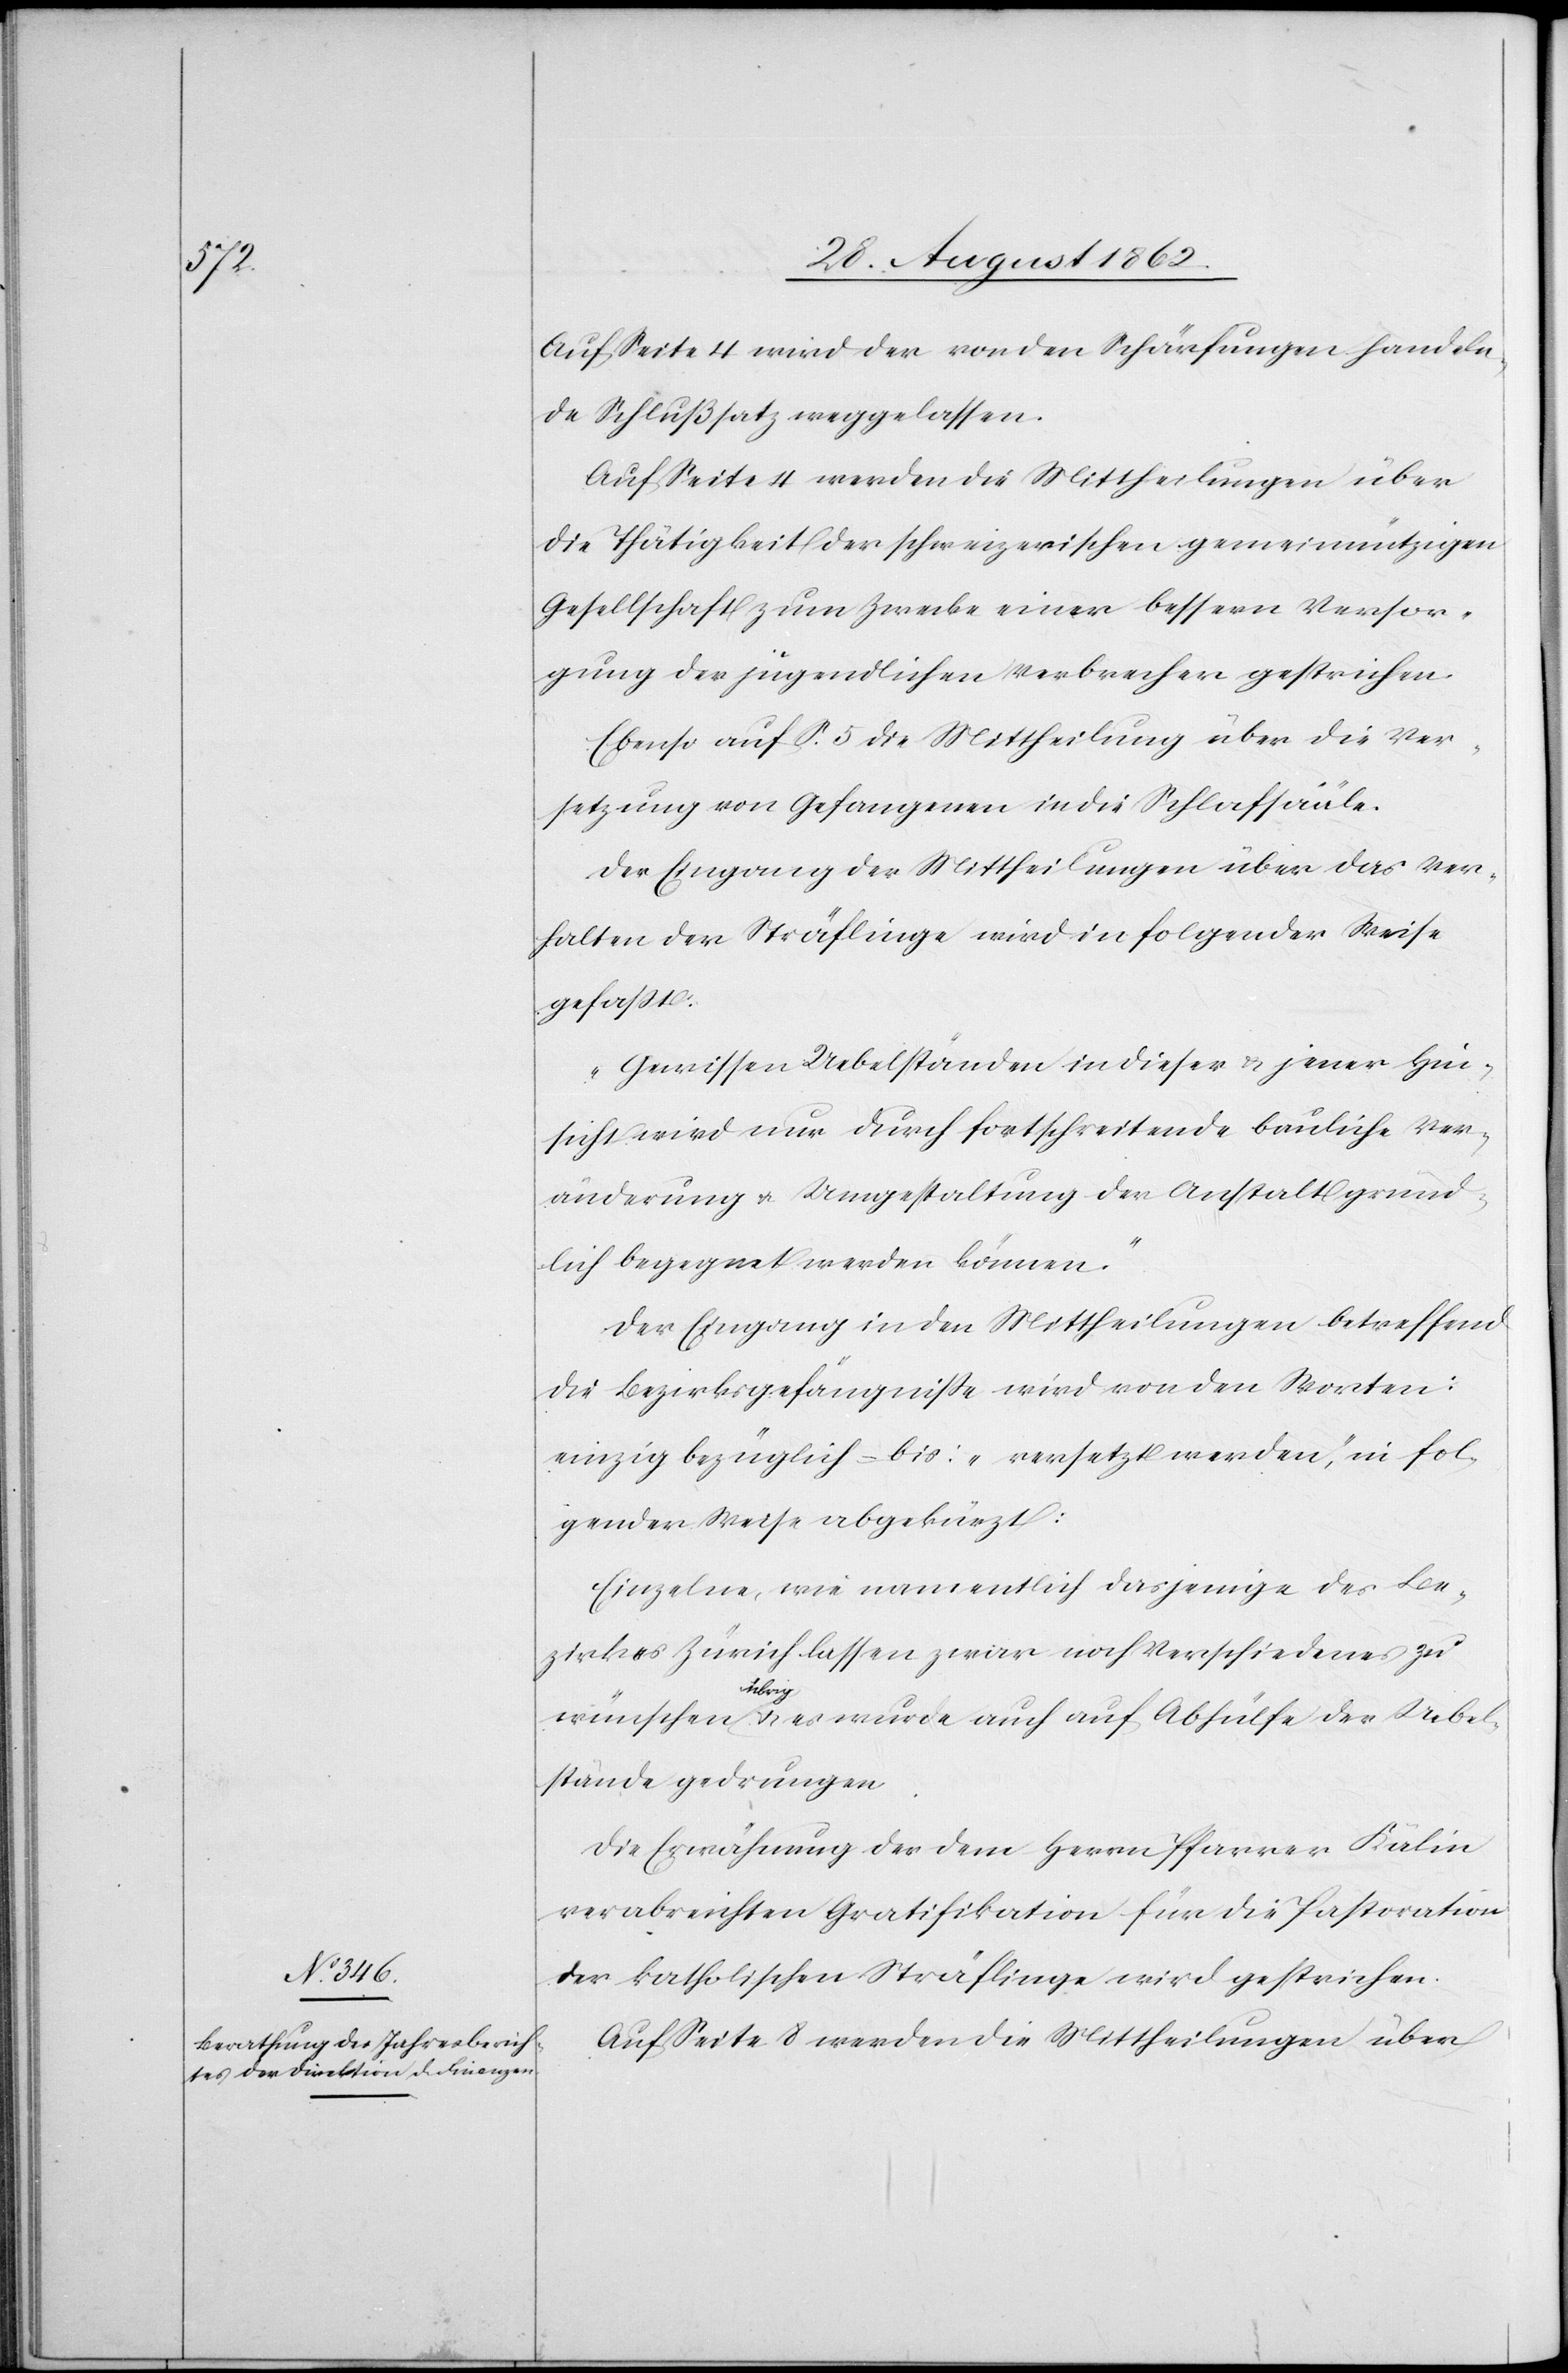
Auf Seite 4 wird der von den Schärfungen handeln¬
de Schlußsatz weggelassen.
Auf Seite 4 werden die Mittheilungen über
die Thätigkeit der schweizerischen gemeinnützigen
Gesellschaft zum Zwecke einer bessern Versor¬
gung der jugendlichen Verbrecher gestrichen.
Ebenso auf S. 5 die Mittheilung über die Ver¬
setzung von Gefangenen in die Schlafsääle.
Der Eingang der Mittheilung über das Ver¬
halten der Sträflinge wird in folgender Weise
gefaßt:
„Gewissen Uebelständen in dieser u. jener Hin¬
sicht wird nur durch fortschreitende bauliche Ver¬
änderung u. Umgestaltung der Anstalt gründ¬
lich begegnet werden können.“
Der Eingang in den Mittheilungen betreffend
die Bezirksgefängniße wird von den Worten:
einzig bezüglich –bis „versetzt werden“, in fol¬
gender Weise abgekürzt:
Einzelne, wie namentlich dasjenige des Be¬
zirkes Zürich lassen zwar noch Verschiedenes zu
wünschen übrig u. es wurde auch auf Abhülfe der Uebel¬
stände gedrungen.
Die Erwähnung des dem Herrn Pfarrer Kälin
verabreichten Gratifikation für die Pastoration
der katholischen Sträflinge wird gestrichen.
Auf Seite 8 werden die Mittheilungen über